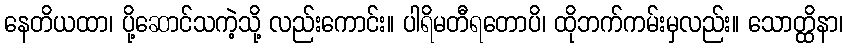
နေတိယထာ၊ ပို့ဆောင်သကဲ့သို့ လည်းကောင်း။ ပါရိမတီရတောပိ၊ ထိုဘက်ကမ်းမှလည်း။ သောတ္ထိနာ၊